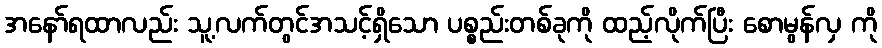
အနော်ရထာလည်း သူ့လက်တွင်အသင့်ရှိသော ပစ္စည်းတစ်ခုကို ထည့်လိုက်ပြီး စောမွန်လှ ကို